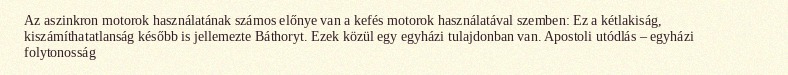
Az aszinkron motorok használatának számos előnye van a kefés motorok használatával szemben: Ez a kétlakiság, kiszámíthatatlanság később is jellemezte Báthoryt. Ezek közül egy egyházi tulajdonban van. Apostoli utódlás – egyházi folytonosság